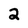
Character: 2